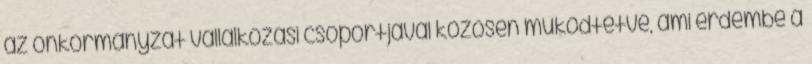
az önkormányzat vállalkozási csoportjával közösen működtetve, ami érdembe a